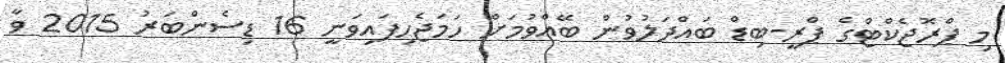
މި ޕްރޮޖެކްޓްގެ ޕްރީ-ބިޑް ބައްދަލުވުން ބޭއްވުމަށް ހަމަޖެހިފައިވަނީ 16 ޑިސެންބަރު 2015 ވާ